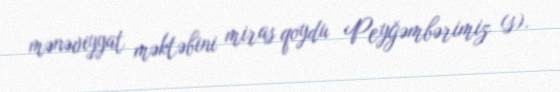
mənəviyyat məktəbini miras qoydu Peyğəmbərimiz (s).